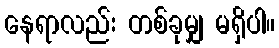
နေရာလည်း တစ်ခုမျှ မရှိပါ။